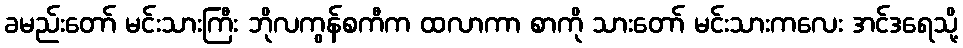
ခမည်းတော် မင်းသားကြီး ဘိုလကွန်စကီက ထလာကာ စာကို သားတော် မင်းသားကလေး အင်ဒရေသို့